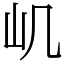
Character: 㞦